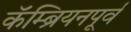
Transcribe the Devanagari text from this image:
कॅम्ब्रियनपूर्व